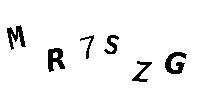
MR7SZG